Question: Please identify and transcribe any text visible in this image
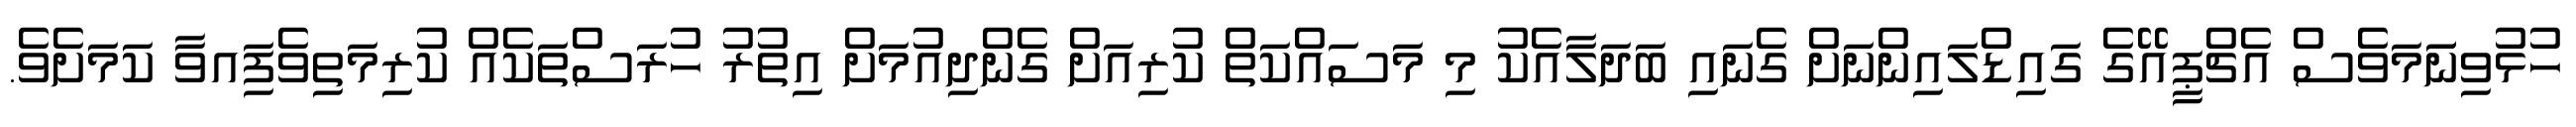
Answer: ހުޅުވިނަަމަވެސް އެޗްޕީއޭގެ ގައިޑްލައިންނަށް ގެނައި ބަދަލާއެކު މި މަސައްކަތް ކުރިއަށް ގެންދިއުމަށް އިތުރު ހުރަސްތަކެއް ކުރިމަތިވެފަިއވާ ކަމަށެވެ.